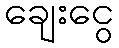
ချေးငွေ